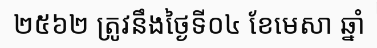
២៥៦២ ត្រូវនឹងថ្ងៃទី០៤ ខែមេសា ឆ្នាំ